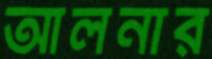
আলনার